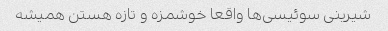
شیرینی سوئیسی‌ها واقعا خوشمزه و تازه هستن همیشه